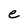
Character: e